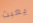
يعبث